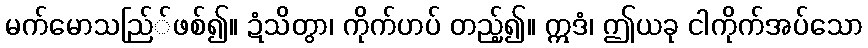
မက်မောသည်ြ်ဖစ်၍။ ဍံသိတွာ၊ ကိုက်ဟပ် တည့်၍။ ဣဒံ၊ ဤယခု ငါကိုက်အပ်သော